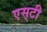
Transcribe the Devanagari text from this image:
एस्‌टी